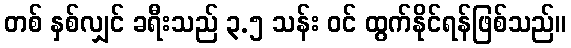
တစ် နှစ်လျှင် ခရီးသည် ၃.၅ သန်း ဝင် ထွက်နိုင်ရန်ဖြစ်သည်။